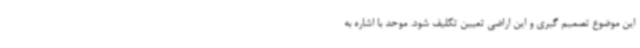
این موضوع تصمیم گیری و این اراضی تعیین تکلیف شود. موحد با اشاره به